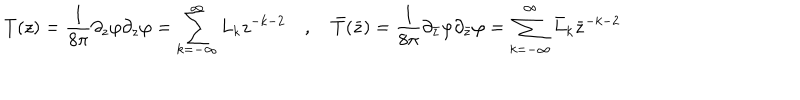
LaTeX: T ( z ) = \frac { 1 } { 8 \pi } \partial _ { z } \varphi \partial _ { z } \varphi = \sum _ { k = - \infty } ^ { \infty } L _ { k } z ^ { - k - 2 } \quad , \quad \bar { T } ( \bar { z } ) = \frac { 1 } { 8 \pi } \partial _ { \bar { z } } \varphi \partial _ { \bar { z } } \varphi = \sum _ { k = - \infty } ^ { \infty } \bar { L } _ { k } \bar { z } ^ { - k - 2 }